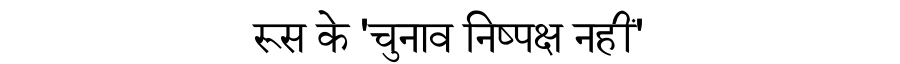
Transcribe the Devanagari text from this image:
रूस के 'चुनाव निष्पक्ष नहीं'